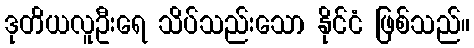
ဒုတိယလူဦးရေ သိပ်သည်းသော နိုင်ငံ ဖြစ်သည်။